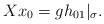
LaTeX: \begin{align*} X x_0=gh_{01}|_\sigma. \end{align*}